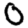
Digit: 0